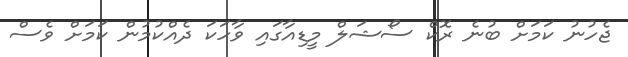
ޖެހުނު ކަމަށް ބުނެ ރޮކް ސޯޝަލް މީޑިއާގައި ވާހަކަ ދެއްކުމުން ކަމަށް ވެސް